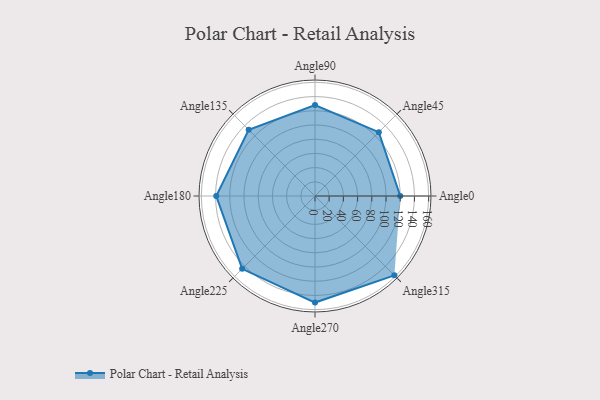
{"axis": {"x": "Angle", "y": "Radius"}, "legend": [""], "data": [{"x": "Angle0", "y": 120.0, "type": ""}, {"x": "Angle45", "y": 127.0, "type": ""}, {"x": "Angle90", "y": 128.0, "type": ""}, {"x": "Angle135", "y": 132.0, "type": ""}, {"x": "Angle180", "y": 139.0, "type": ""}, {"x": "Angle225", "y": 145.0, "type": ""}, {"x": "Angle270", "y": 150.0, "type": ""}, {"x": "Angle315", "y": 158.0, "type": ""}]}